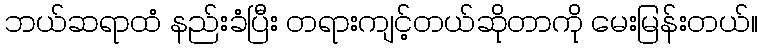
ဘယ်ဆရာထံ နည်းခံပြီး တရားကျင့်တယ်ဆိုတာကို မေးမြန်းတယ်။